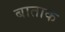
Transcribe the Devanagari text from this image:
बाताक